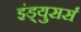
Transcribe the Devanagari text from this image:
इंड्युसर्स